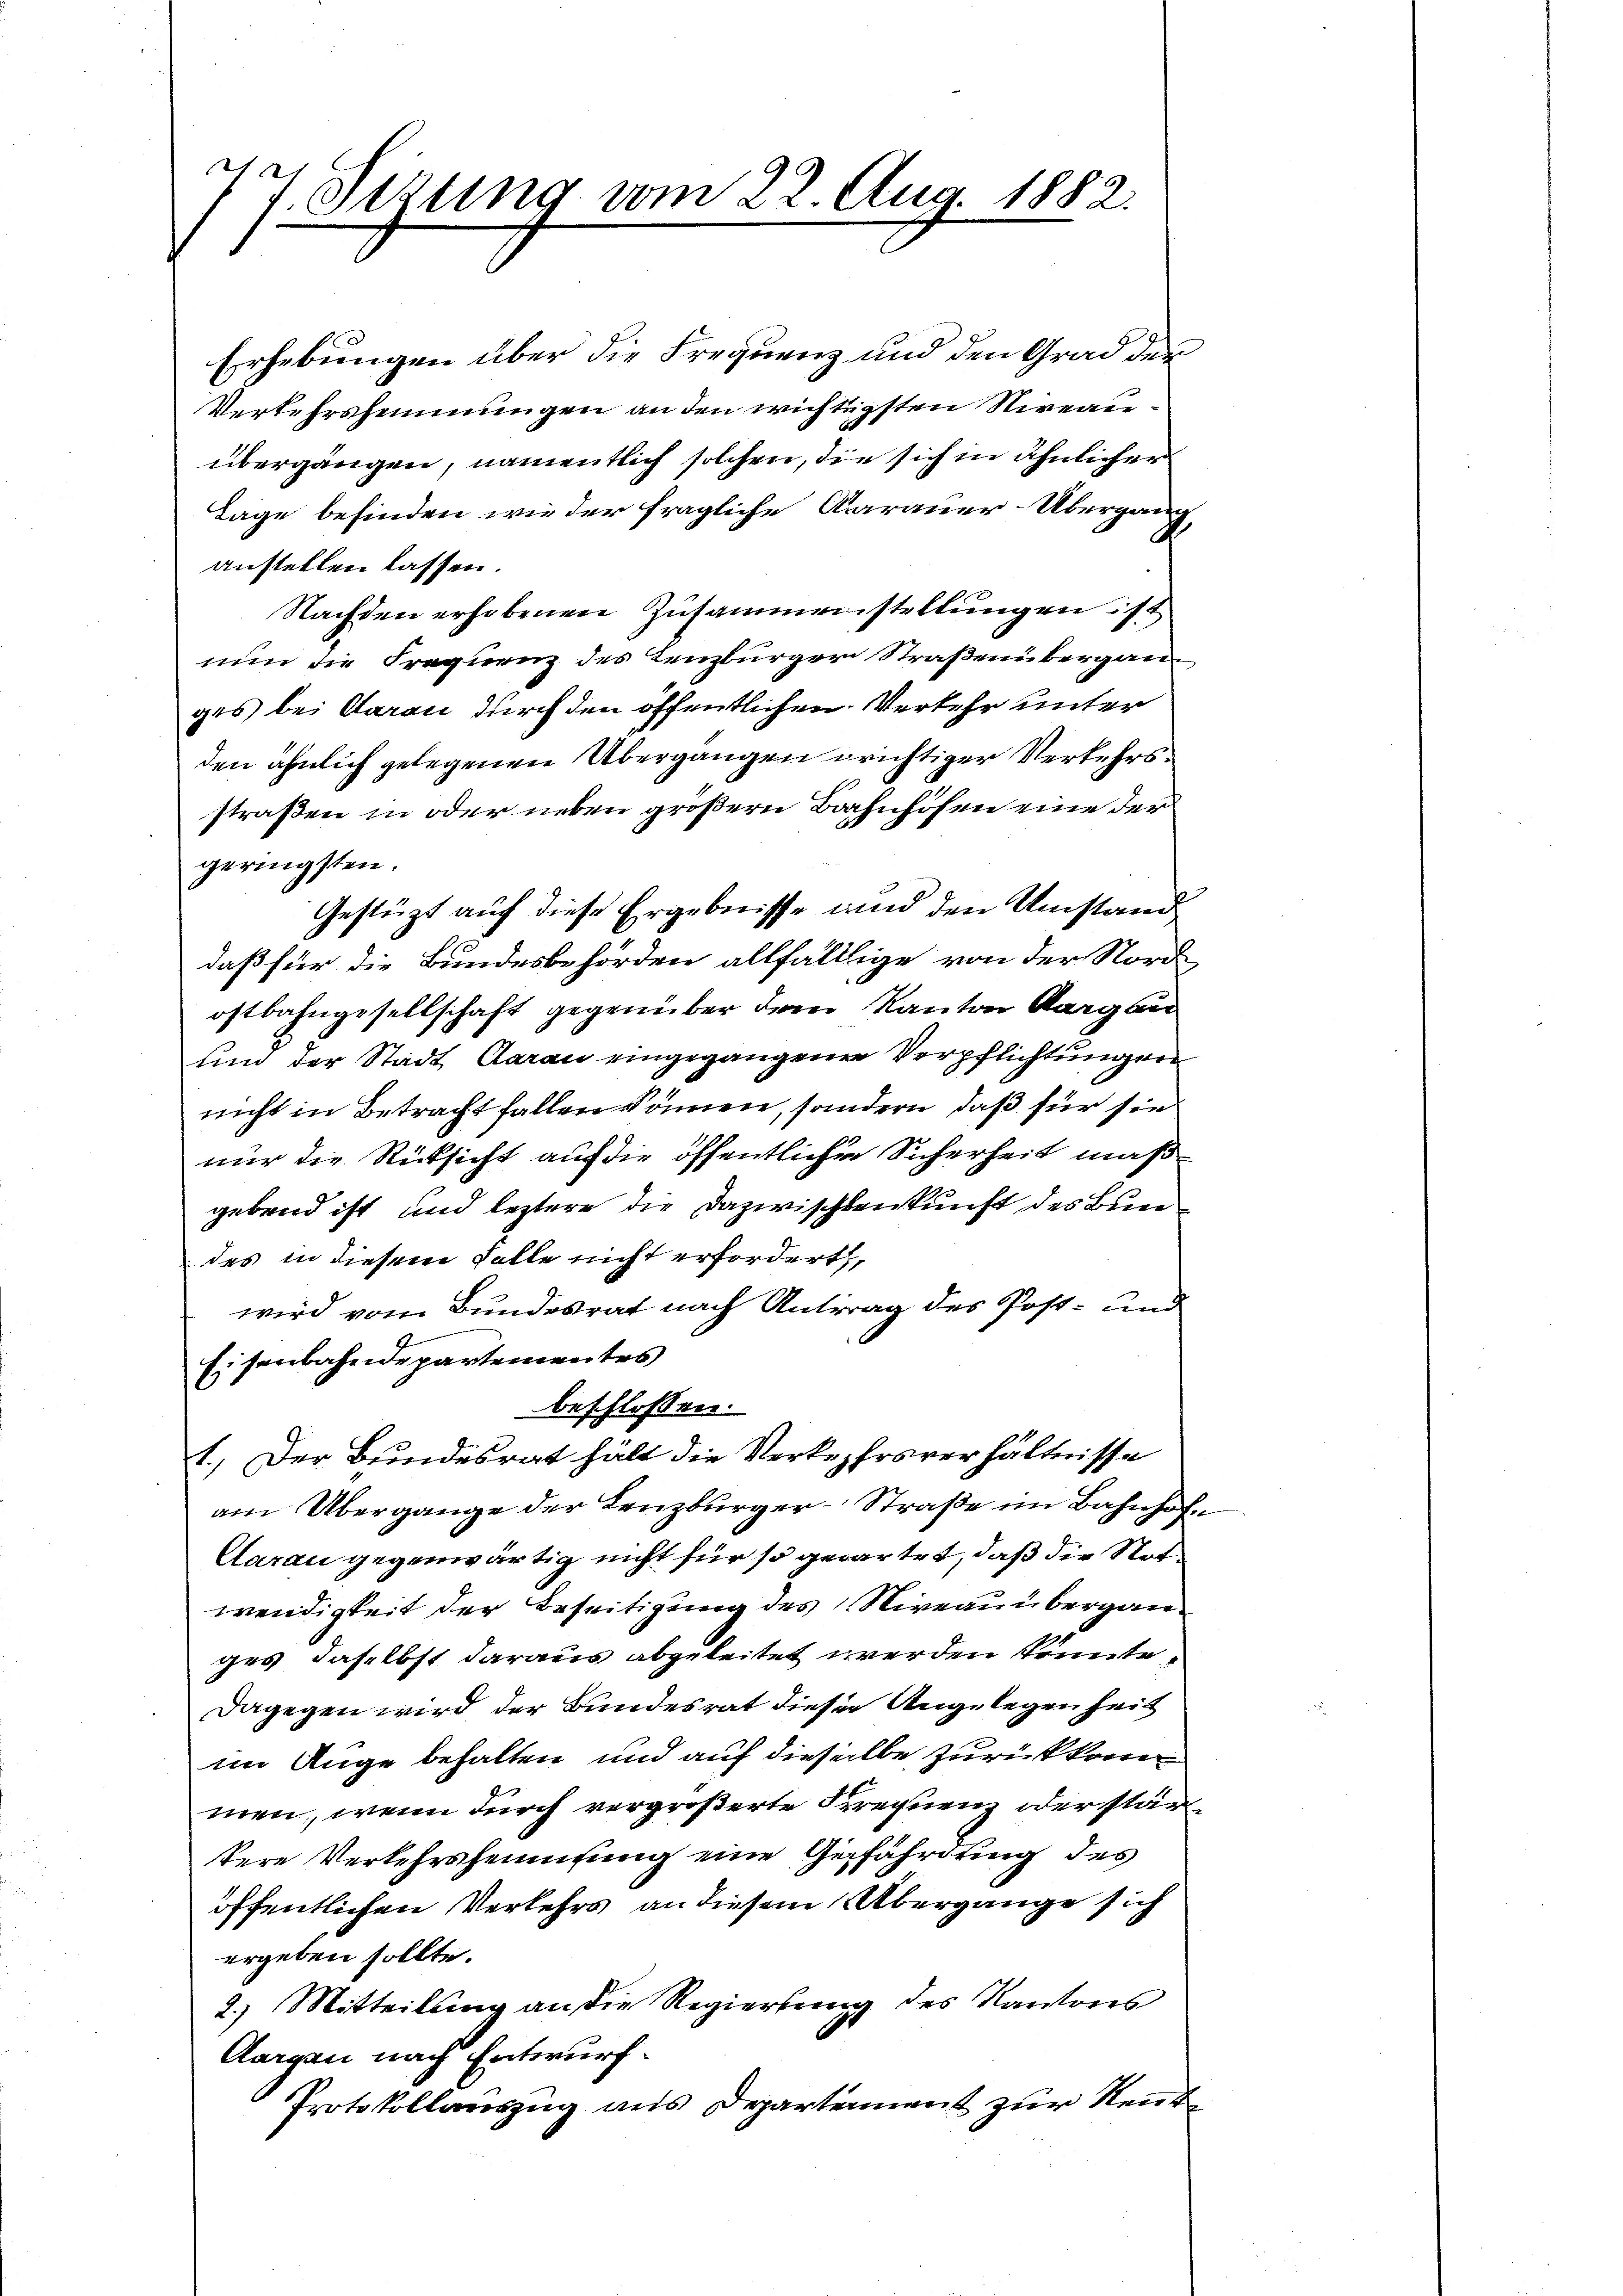
7. Setzung vom 22. Aug. 1882.

Erhebungen über die Frequenz und den Grad der
Verkehrshemmungen an den wichtigsten Niveauübergängen, namentlich solchen, die sich in ähnlichen
Lage befinden wie der fragliche Aarauer-Übergau
d
anstellen lassen.
Nachden erhobenen Zusammenstellungen ist
nun die Frequenz des Lenzbürger Straßenüberganges bei darau durch den öffentlichen Verkehr unter
den ähnlich gelegenen Übergangen richtiger Verkehrsstraßen in oder neben größern Bahnhöfen eine der
geringsten.
Gestüzt auf diese Ergebnisse und den Umstand
daß für die Bundesbehörden allfälllige von der Nord
ostbahngesellschaft gegenüber dem Kanton Aargau
und der Stadt Aarau eingegangenen Verpflichtungen
nicht in Betracht fallen können, sondern, daß für sie
nur die Rücksicht auf die öffentlicher Sicherheit maßgebend ist und leztere die Dazwischenkunft des Bundes in diesem Falle nicht erfordert,
wird vom Bundesrat nach Antrag des Post- und
Eisenbahndepartementes
beschlossen:
1.) Der Bundesrat hält die Verkehrsverhältnisse
am Übergange der Lenzburger-Straße im Bahnhof¬
Caran gegenwärtig nicht für so gewartet, daß die Not
wendigkeit der Beseitigung des Niveau überganges daselbst daraus abgeleitet werden könnte.
Dagegen wird der Bundesrat dieser Angelegenheit
im Auge behalten und auf dieselbe zurückkommen, wenn durch vergrößerte Frequenz oder stärtere Verkehrsheimsung eine Gefährdung des
öffentlichen Verkehrs an diesem Übergange sich
ergeben sollte.
2.) Mitteilung an die Regierung des Kantons
Aargau nach Entwurf.
Protokollauszug aus Departement zur Reut

n